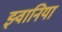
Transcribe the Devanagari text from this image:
झ्वानिया